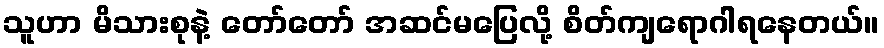
သူဟာ မိသားစုနဲ့ တော်တော် အဆင်မပြေလို့ စိတ်ကျရောဂါရနေတယ်။